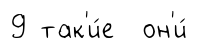
9 так'и́е он'и́